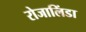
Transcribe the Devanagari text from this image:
रोजालिंडा